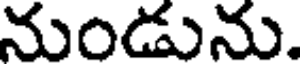
నుండును.